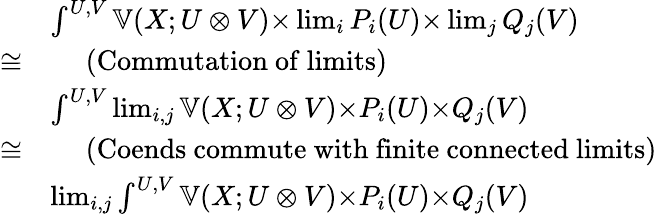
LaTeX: \begin{array}{rl}&{\int^{U,V}𝕍(X;U⊗V)×\lim_{i}P_{i}(U)×\lim_{j}Q_{j}(V)}\\ {≅}&{\quad\mathrm{~(Commutation~of~limits)~}}\\ &{\int^{U,V}\lim_{i,j}𝕍(X;U⊗V)×P_{i}(U)×Q_{j}(V)}\\ {≅}&{\quad\mathrm{~(Coends~commute~with~finite~connected~limits)~}}\\ &{\lim_{i,j}\int^{U,V}𝕍(X;U⊗V)×P_{i}(U)×Q_{j}(V)}\end{array}